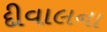
દીવાલના